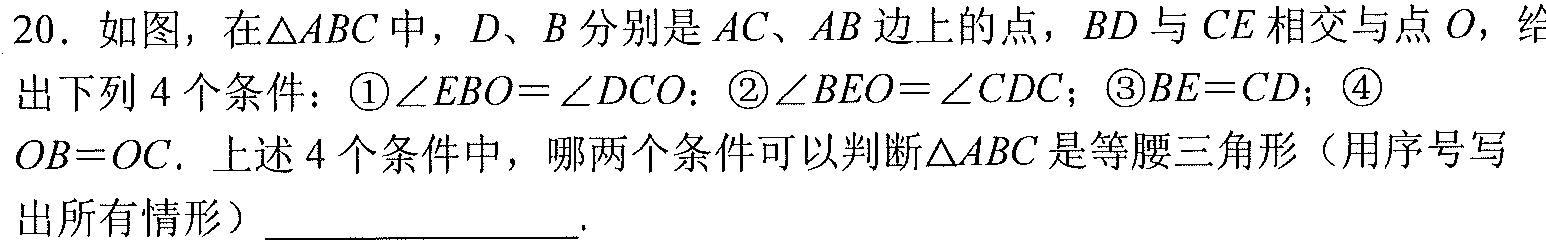
20. 如图，在\(\triangle ABC\)中，\(D\)、\(E\)分别是\(AC\)、\(AB\)边上的点，\(BD\)与\(CE\)相交与点\(O\)，给出下列\(4\)个条件：\textcircled{1}\(\angle EBO = \angle DCO\)；\textcircled{2}\(\angle BEO=\angle CDO\)；\textcircled{3}\(BE = CD\)；\textcircled{4}\(OB = OC\). 上述\(4\)个条件中，哪两个条件可以判断\(\triangle ABC\)是等腰三角形（用序号写出所有情形）________________.